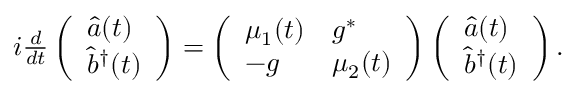
\begin{array} { r } { i \frac { d } { d t } \left( \begin{array} { l } { { \hat { a } } ( t ) } \\ { { \hat { b } } ^ { \dagger } ( t ) } \end{array} \right) = \left( \begin{array} { l l } { \mu _ { 1 } ( t ) } & { g ^ { * } } \\ { - g } & { \mu _ { 2 } ( t ) } \end{array} \right) \left( \begin{array} { l } { { \hat { a } } ( t ) } \\ { { \hat { b } } ^ { \dagger } ( t ) } \end{array} \right) . } \end{array}